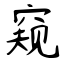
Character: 窥